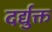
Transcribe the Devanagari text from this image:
दर्द्युक्त